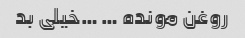
روغن مونده … …خیلی بد